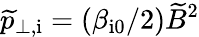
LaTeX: \widetilde{p}_{\mathrm{\perp,i}}=(\beta_{\mathrm{i0}}/2)\widetilde{B}^{2}